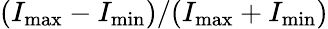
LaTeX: (I_{\mathrm{{max}}}-I_{\mathrm{{min}}})/(I_{\mathrm{{max}}}+I_{\mathrm{{min}}})